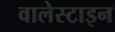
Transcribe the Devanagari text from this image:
वालेस्टाइन